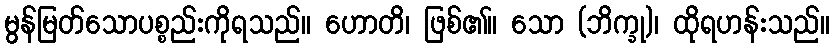
မွန်မြတ်သောပစ္စည်းကိုရသည်။ ဟောတိ၊ ဖြစ်၏။ သော (ဘိက္ခု)၊ ထိုရဟန်းသည်။